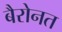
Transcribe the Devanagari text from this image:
बैरोनत